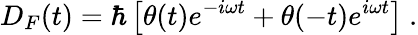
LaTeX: D_{F}(t)=\hbar\left[\theta(t)e^{-i\omega t}+\theta(-t)e^{i\omega t}\right]\ .